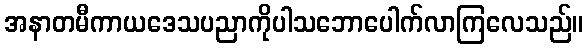
အနာတမီကာယဒေသပညာကိုပါသဘောပေါက်လာကြလေသည်။